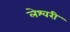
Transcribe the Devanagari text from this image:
लेश्वरी